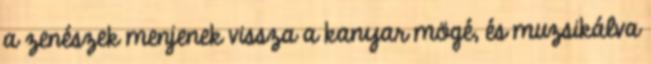
a zenészek menjenek vissza a kanyar mögé, és muzsikálva